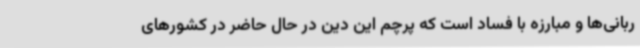
ربانی‌ها و مبارزه با فساد است که پرچم این دین در حال حاضر در کشورهای